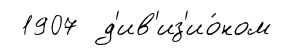
1907 д'ив'из'ио́ном